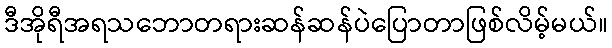
ဒီအိုရီအရသဘောတရားဆန်ဆန်ပဲပြောတာဖြစ်လိမ့်မယ်။